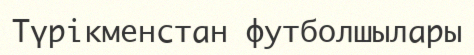
Түрікменстан футболшылары